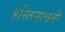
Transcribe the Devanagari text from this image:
हस्तिनावती